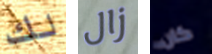
لك زال كان